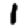
Digit: 1